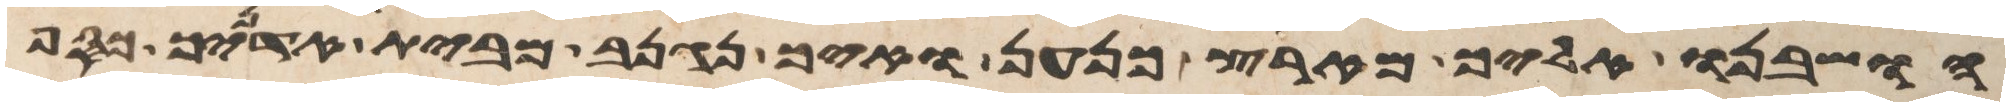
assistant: הושבנו אליך מארץ כנען ואיך נגנב מבית אדניך כסף